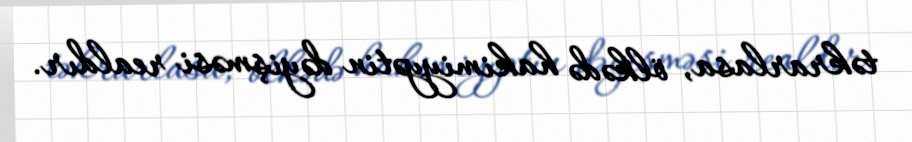
təkrarlasa, ölkədə hakimiyyətin dəyişməsi realdır.